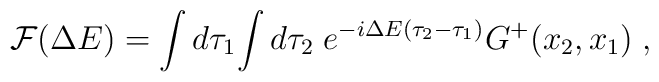
{\cal F}(\Delta E)  =\int d\tau_1\!\int d\tau_2\;e^{-i\Delta E(\tau_2-\tau_1)}G^+(x_2,x_1) \; ,